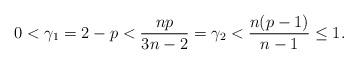
LaTeX: \begin{align*}0<\gamma_{1}=2-p < \frac{np}{3n-2} = \gamma_{2} < \frac{n(p-1)}{n-1} \le 1.\end{align*}